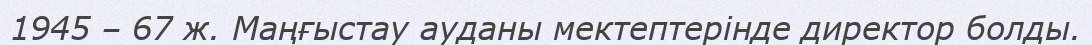
1945 – 67 ж. Маңғыстау ауданы мектептерінде директор болды.